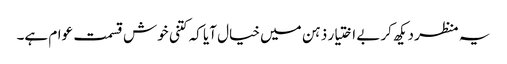
یہ منظر دیکھ کر بے اختیار ذہن میں خیال آیا کہ کتنی خوش قسمت عوام ہے۔